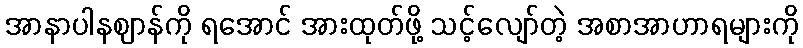
အာနာပါနဈာန်ကို ရအောင် အားထုတ်ဖို့ သင့်လျော်တဲ့ အစာအာဟာရများကို